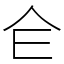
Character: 仺